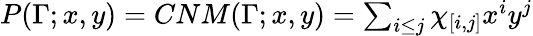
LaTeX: \begin{array}{r}{P(\Gamma;x,y)=CNM(\Gamma;x,y)=\sum_{i\leq j}\chi_{[i,j]}x^{i}y^{j}}\end{array}